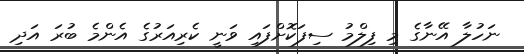
ނަހުލާ އޭނާގެ މި ފިލްމު ސިފަކޮށްފައި ވަނީ ކެރިއަރުގެ އެންމެ ބުރަ އަދި